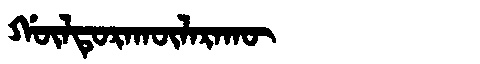
Manchu: ᡤᡡᠯᡨᡠᡵᠠᡴᡡᠯᠠᡵᠠᡴᡡ
Romanization: GŪLTURAKŪLARAKŪ